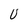
Character: v